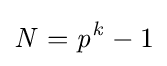
{\mathit {N}}={\mathit {p}}^{\mathit {k}}-1